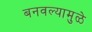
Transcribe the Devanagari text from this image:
बनवल्यामुळे